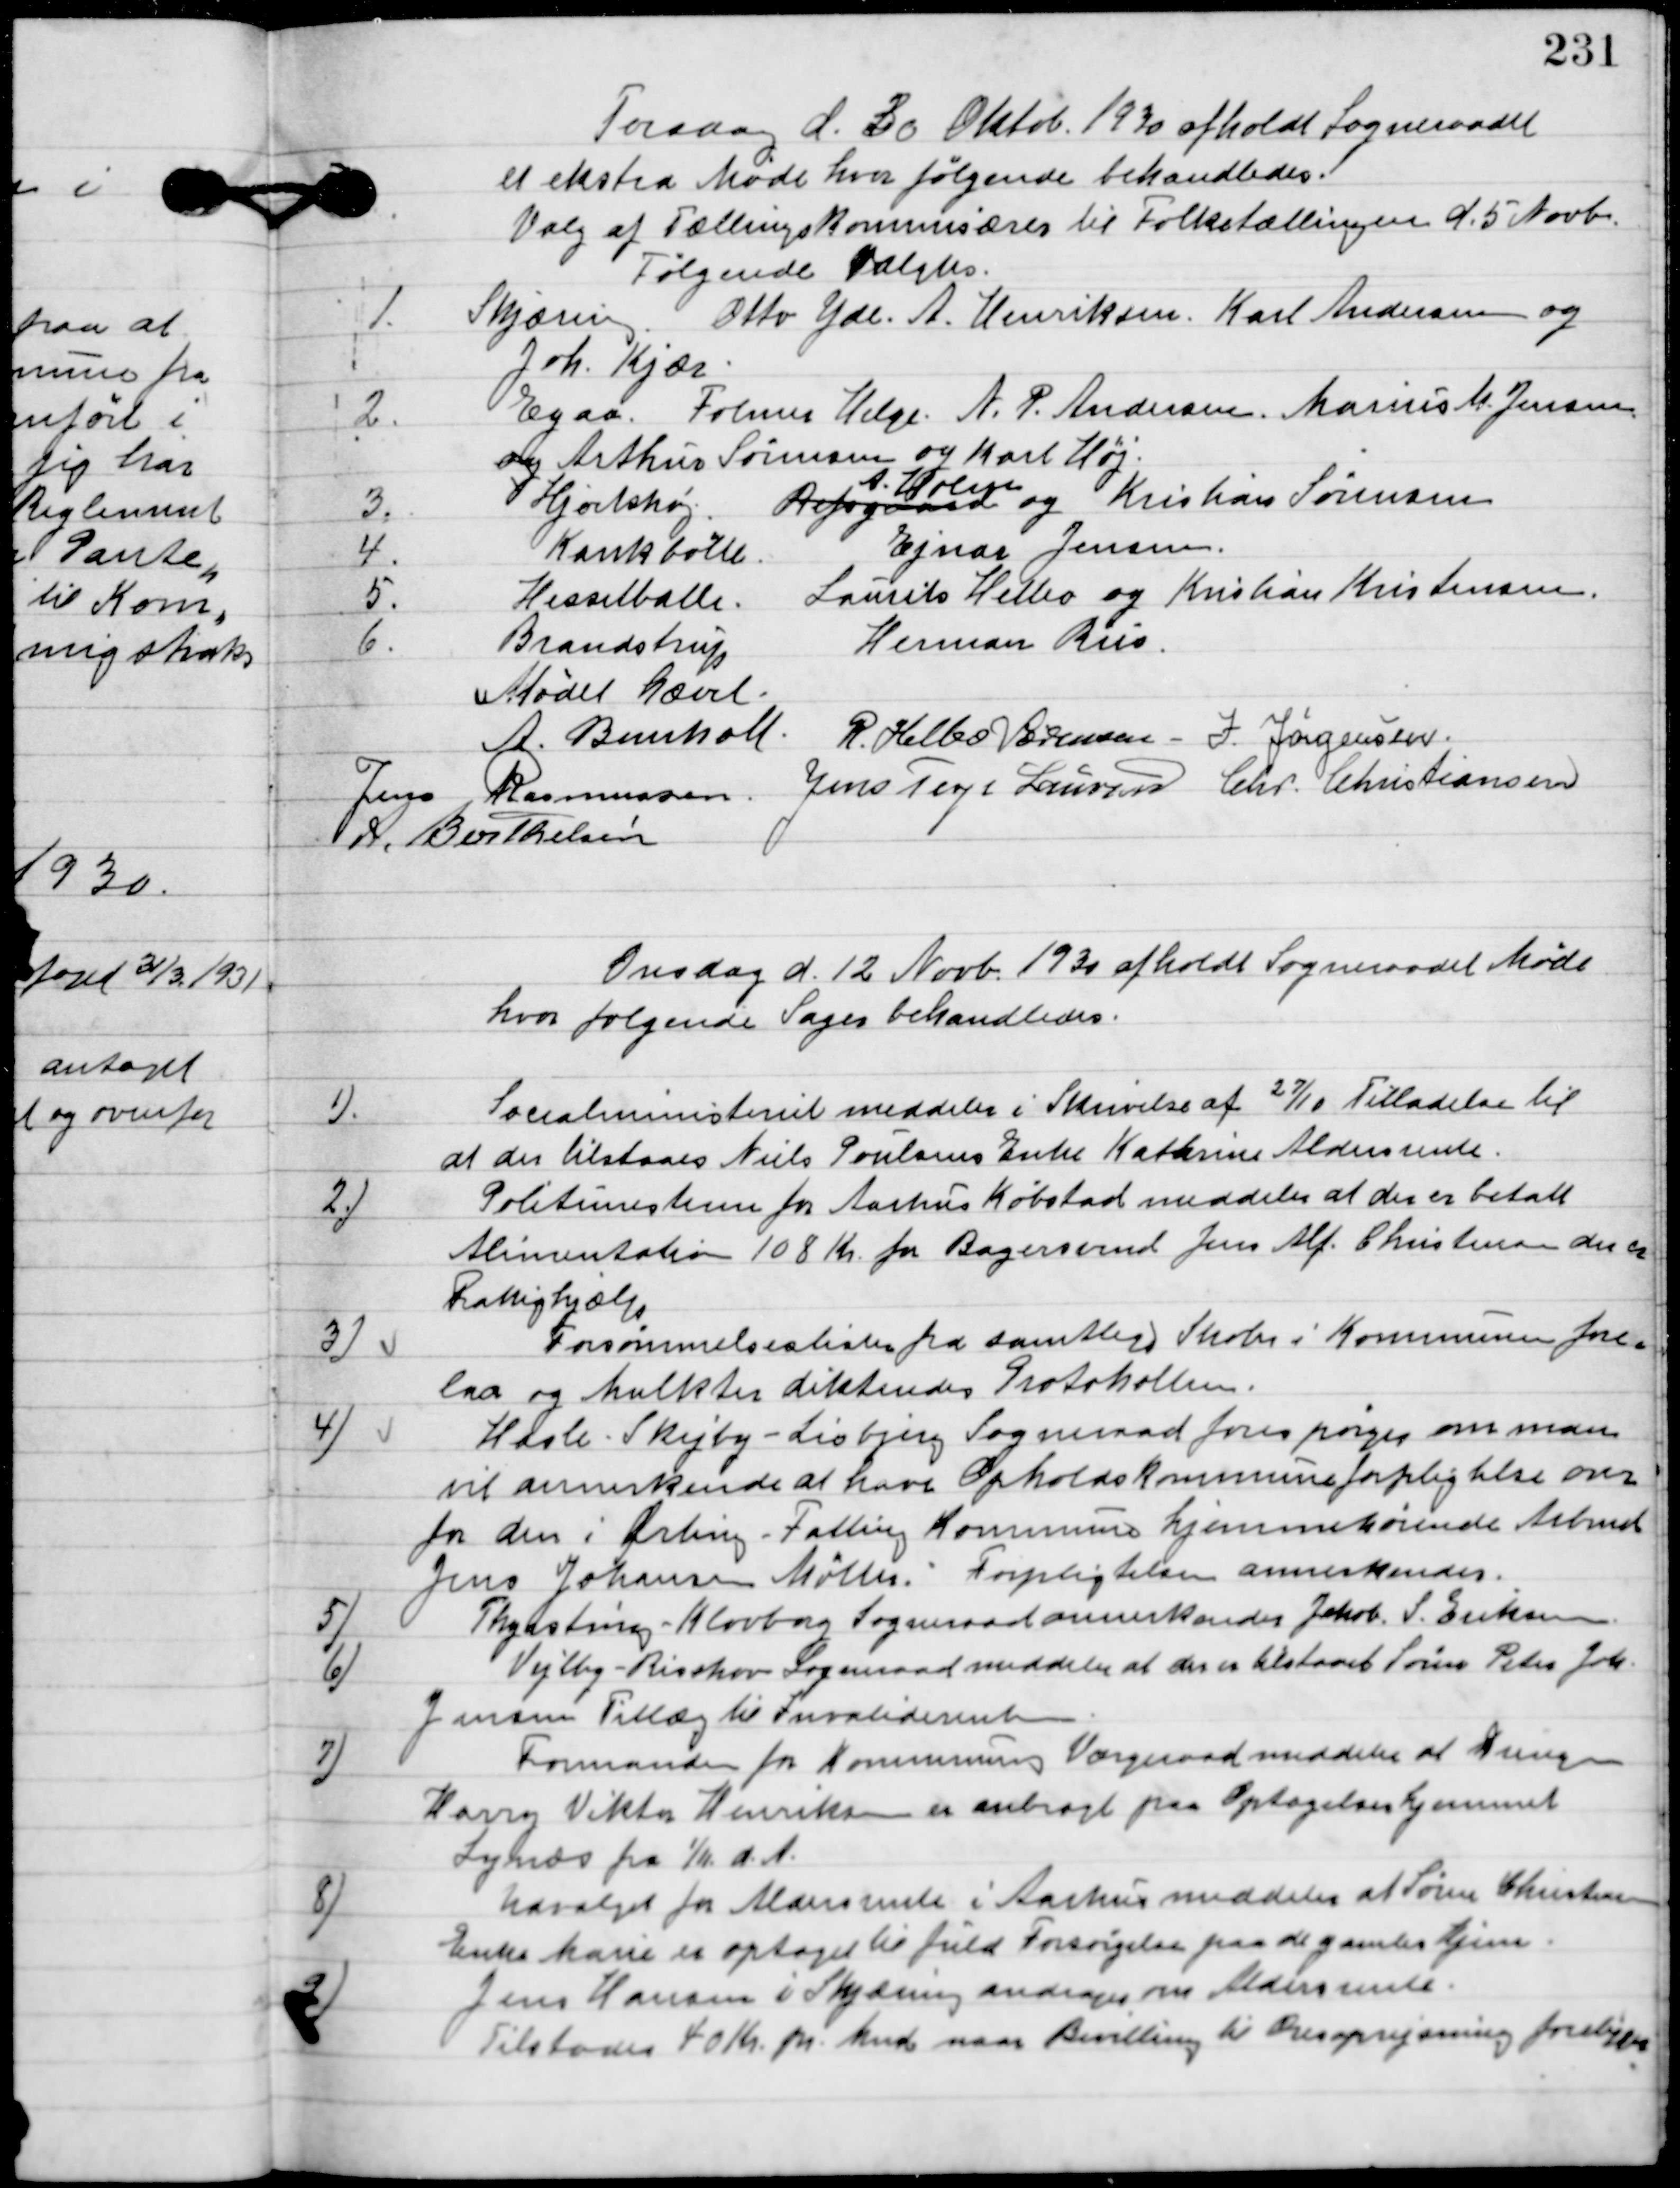
Transskription:
Torsdag d. 30. Oktober 1930 afholdt Sogneraadet
et ekstra Møde, hvor følgende sager behandledes.
Valg af Tællings kommissær til folketællingen d. 5. Novb.
Følgende valgtes:

1

Skjæring, Otto Yde, A. Henriksen, Karl Andreasen og
Joh. Kjær.

2

Egaa, Folmer Helge A. P. Andreasen, Marius M. Jensen
og Arthurs Sørensen og Karl Høg.

3.

Hjortshøj Refsgaard
A. Horup
og Kristian Sørensen

4

Kankbølle, Ejnar Jensen.

5

Hesselballe, Laurits Helbo og Kristian Kristiansen.

6

Brandstrup Herman Riis.

Mødet hævet.

A. Bomholt
R. Helbo Sørensen
I. Jørgensen,
Jens Rasmussen
Jens Terp Laursen
Chr. Christiansen
A. Berthelsen

Onsdag d. 12,. noveb. 1930 afholdt Sogneraadet Møde
hvor følgende sager behandledes.

1

Socialministeriet meddeler i Skrivelse af 27/11 Tilladelse til
at der tilstaaes Niels Poulsens Enke Kathrine Andersrente.

2.

Politimesteren for Aarhus Købstad meddeler at der er betalt
alimentation 108 Kr. for Bagersvend Jens Alf. Christensen der er
Fattighjælp.

3.

Forsømmelseslister fra samtlige Skoler i Kommunen fore-
laa og Mulkter dikteredes Protokollen.

4.

Hasle-Skejby-Lisbjerg Sogneraad forespørger om man
vil annerkende at have Opholdskommune forpligtelse over
 for den i Ørting-Falling Kommune hjemmehørende Arbms.
Jens Johannes Møller.
Forpligtelsen annerkendes.

5

Thyrsting-Klovborg Sogneraad annnerkender Jakob. S. Eriksen.

6

Vejlby-Risskov Sogneraad meddeler at der er tilstaaet Søren Peter Job.
Jensen Tillæg til Invaliderenten.

7

Formanden for Kommunernes Værgeraad meddeler at ung
Harry Viktor Henriksen er anbragt paa Optagelseshjemmet
Lynæs fra 1/6 d. A.

8

Udvalget for aldersrente i Aarhus meddeler at Søren Christensens
Enke Marie er optaget til fuld forsørgelse paa de gamles Hjem.

9

Jens Hansen i Skjæring andrager om aldersrente.
Tilstaades 40 Kr. pr. kmd. men binding til Oprejsning foreligger.